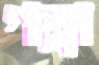
গল্লা